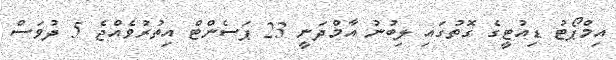
އިމްޕޯޓު ޑިއުޓީގެ ގޮތުގައި ލިބުނު އާމްދަނީ 23 ޕަސެންޓް އިތުރުވެއްޖެ 5 ދުވަސް